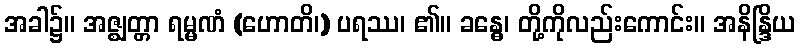
အခါ၌။ အဇ္ဈတ္တာ ရမ္မဏံ (ဟောတိ၊) ပရဿ၊ ၏။ ခန္ဓေ၊ တို့ကိုလည်းကောင်း။ အနိန္ဒြိယ